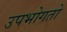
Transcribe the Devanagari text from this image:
उपभोगतो